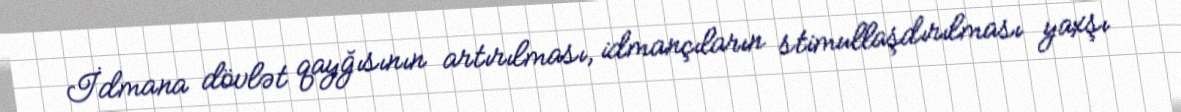
İdmana dövlət qayğısının artırılması, idmançıların stimullaşdırılması yaxşı